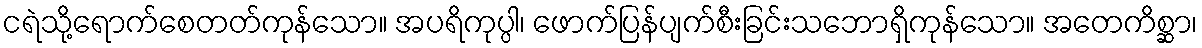
ငရဲသို့ရောက်စေတတ်ကုန်သော။ အပရိကုပ္ပါ၊ ဖောက်ပြန်ပျက်စီးခြင်းသဘောရှိကုန်သော။ အတေကိစ္ဆာ၊